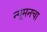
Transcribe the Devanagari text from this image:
न्यूमनचा